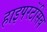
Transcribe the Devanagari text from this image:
हाइपरटेंसिव